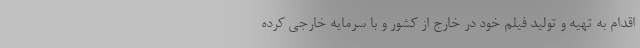
اقدام به تهیه و تولید فیلم خود در خارج از کشور و با سرمایه خارجی کرده